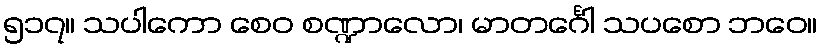
၅၁၇။ သပါကော စေဝ စဏ္ဍာလော၊ မာတင်္ဂေါ သပစော ဘဝေ။